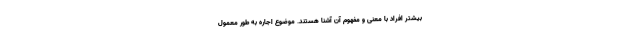
بیشتر افراد با معنی و مفهوم آن آشنا هستند. موضوع اجاره به طور معمول